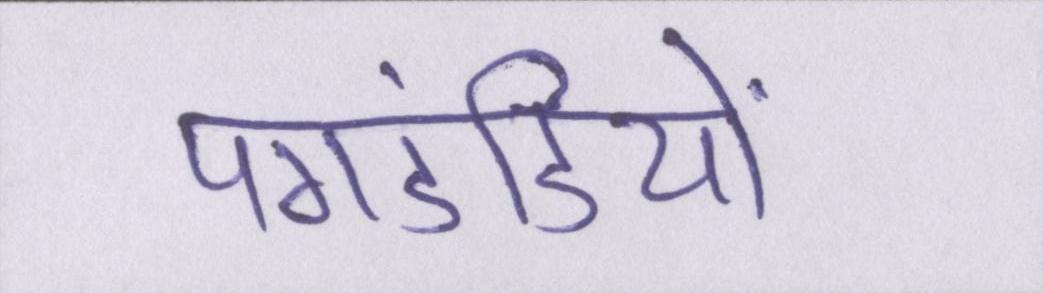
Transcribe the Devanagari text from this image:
पगडंडियों